Lunatic asylums Central Provinces reports 1874-1885 - 1874-1885
Year: 1874
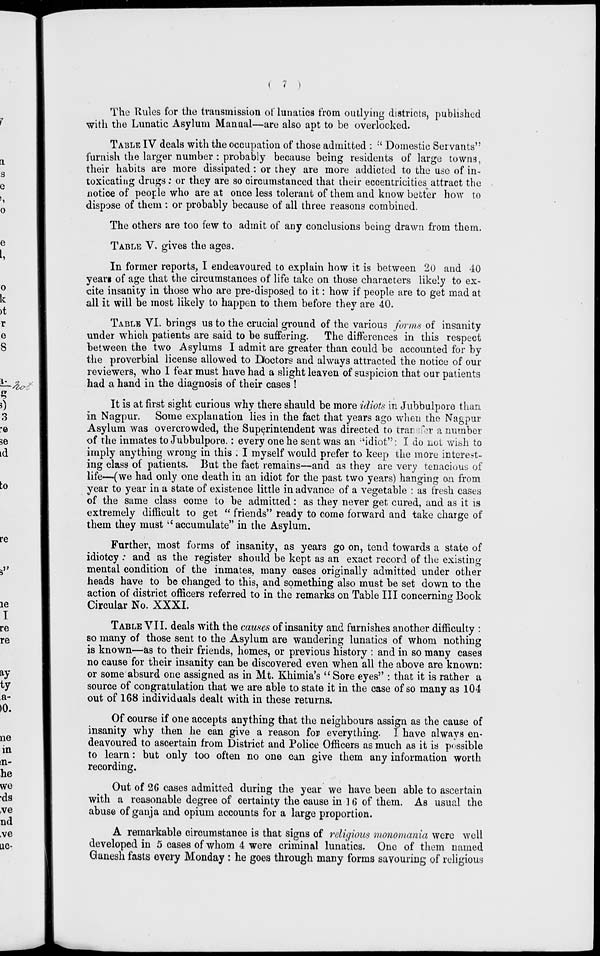
(
7 )
The Rules for the transmission of lunatics from outlying districts, published
with the Lunatic Asylum Manual—are also apt to be overlocked.
TABLE IV deals with the occupation of those admitted : " Domestic Servants"
furnish the larger number : probably because being residents of large towns,
their habits are more dissipated: or they are more addicted to the use of in-
toxicating drugs : or they are so circumstanced that their eccentricities attract the
notice of people who are at once less tolerant of them and know better how to
dispose of them; or probably because of all three reasons combined.
The others are too few to admit of any conclusions being drawn from them.
TABLE V. gives the ages.
In former reports, I endeavoured to explain how it is between 20 and 40
years of age that the circumstances of life take on those characters likely to ex-
cite insanity in those who are pre-disposed to it: how if people are to get mad at
all it will be most likely to happen to them before they are 40.
TABLE VI. brings us to the crucial ground of the various forms of insanity
under which patients are said to be suffering. The differences in this respect
between the two Asylums I admit are greater than could be accounted for by
the proverbial license allowed to Doctors and always attracted the notice of our
reviewers, who I fear must have had a slight leaven of suspicion that our patients
had a hand in the diagnosis of their cases !
It is at first sight curious why there shauld be more idiots in Jubbulpore than
in Nagpur. Some explanation lies in the fact that years ago when the Nagpur
Asylum was overcrowded, the Superintendent was directed to transfer a number
of the inmates to Jubbulpore.: every one he sent was an "idiot": I do not wish to
imply anything wrong in this ; I myself would prefer to keep the more interest-
ing class of patients. But the fact remains—and as they are very tenacious of
life—(we had only one death in an idiot for the past two years) hanging on from
year to year in a state of existence little in advance of a vegetable : as fresh cases
of the same class come to be admitted: as they never get cured, and as it is
extremely difficult to get " friends" ready to come forward and take charge of
them they must " accumulate" in the Asylum.
Further, most forms of insanity, as years go on, tend towards a state of
idiotcy; and as the register should be kept as an exact record of the existing
mental condition of the inmates, many cases originally admitted under other
heads have to be changed to this, and something also must be set down to the
action of district officers referred to in the remarks on Table III concerning Book
Circular No. XXXI.
TABLE VII. deals with the causes of insanity and furnishes another difficulty :
so many of those sent to the Asylum are wandering lunatics of whom nothing
is known—as to their friends, homes, or previous history : and in so many cases
no cause for their insanity can be discovered even when all the above are known:
or some absurd one assigned as in Mt. Khimia's " Sore eyes'': that it is rather a
source of congratulation that we are able to state it in the case of so many as 104
out of 168 individuals dealt with in these returns.
Of course if one accepts anything that the neighbours assign as the cause of
insanity why then he can give a reason for everything. I have always en-
deavoured to ascertain from District and Police Officers as much as it is possible
to learn: but only too often no one can give them any information worth
recording.
Out of 26 cases admitted during the year we have been able to ascertain
with a reasonable degree of certainty the cause in 16 of them. As usual the
abuse of ganja and opium accounts for a large proportion.
A remarkable circumstance is that signs of religious monomania were well
developed in 5 cases of whom 4 were criminal lunatics. One of them named
Ganesh fasts every Monday : he goes through many forms savouring of religious